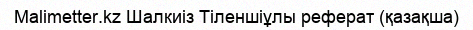
Malimetter.kz Шалкиіз Тіленшіұлы реферат (қазақша)